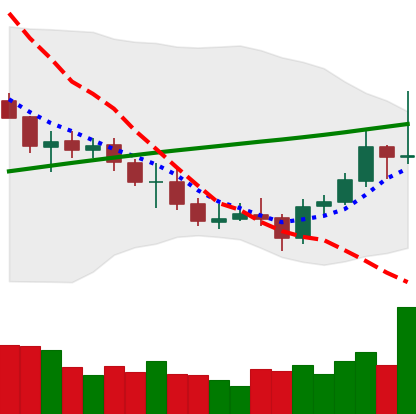
Ticker: ETC-USD
Chart end date: 2021-07-26
Forward return: 5.955%
Label: up_5_7